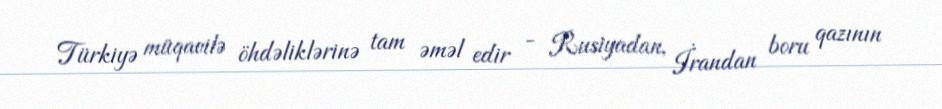
Türkiyə müqavilə öhdəliklərinə tam əməl edir - Rusiyadan, İrandan boru qazının